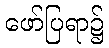
ဖော်ပြရာ၌